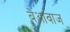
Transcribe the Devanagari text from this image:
बेआवाज